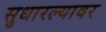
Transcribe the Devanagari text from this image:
सुधारल्यावर